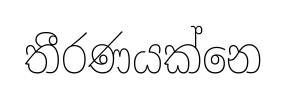
තීරණයක්නෙ